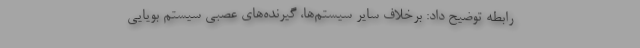
رابطه توضیح داد: برخلاف سایر سیستم‌ها، گیرنده‌های عصبی سیستم بویایی